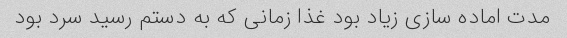
مدت اماده سازی زیاد بود غذا زمانی که به دستم رسید سرد بود